Rapla_vallavalitsus, lk 11
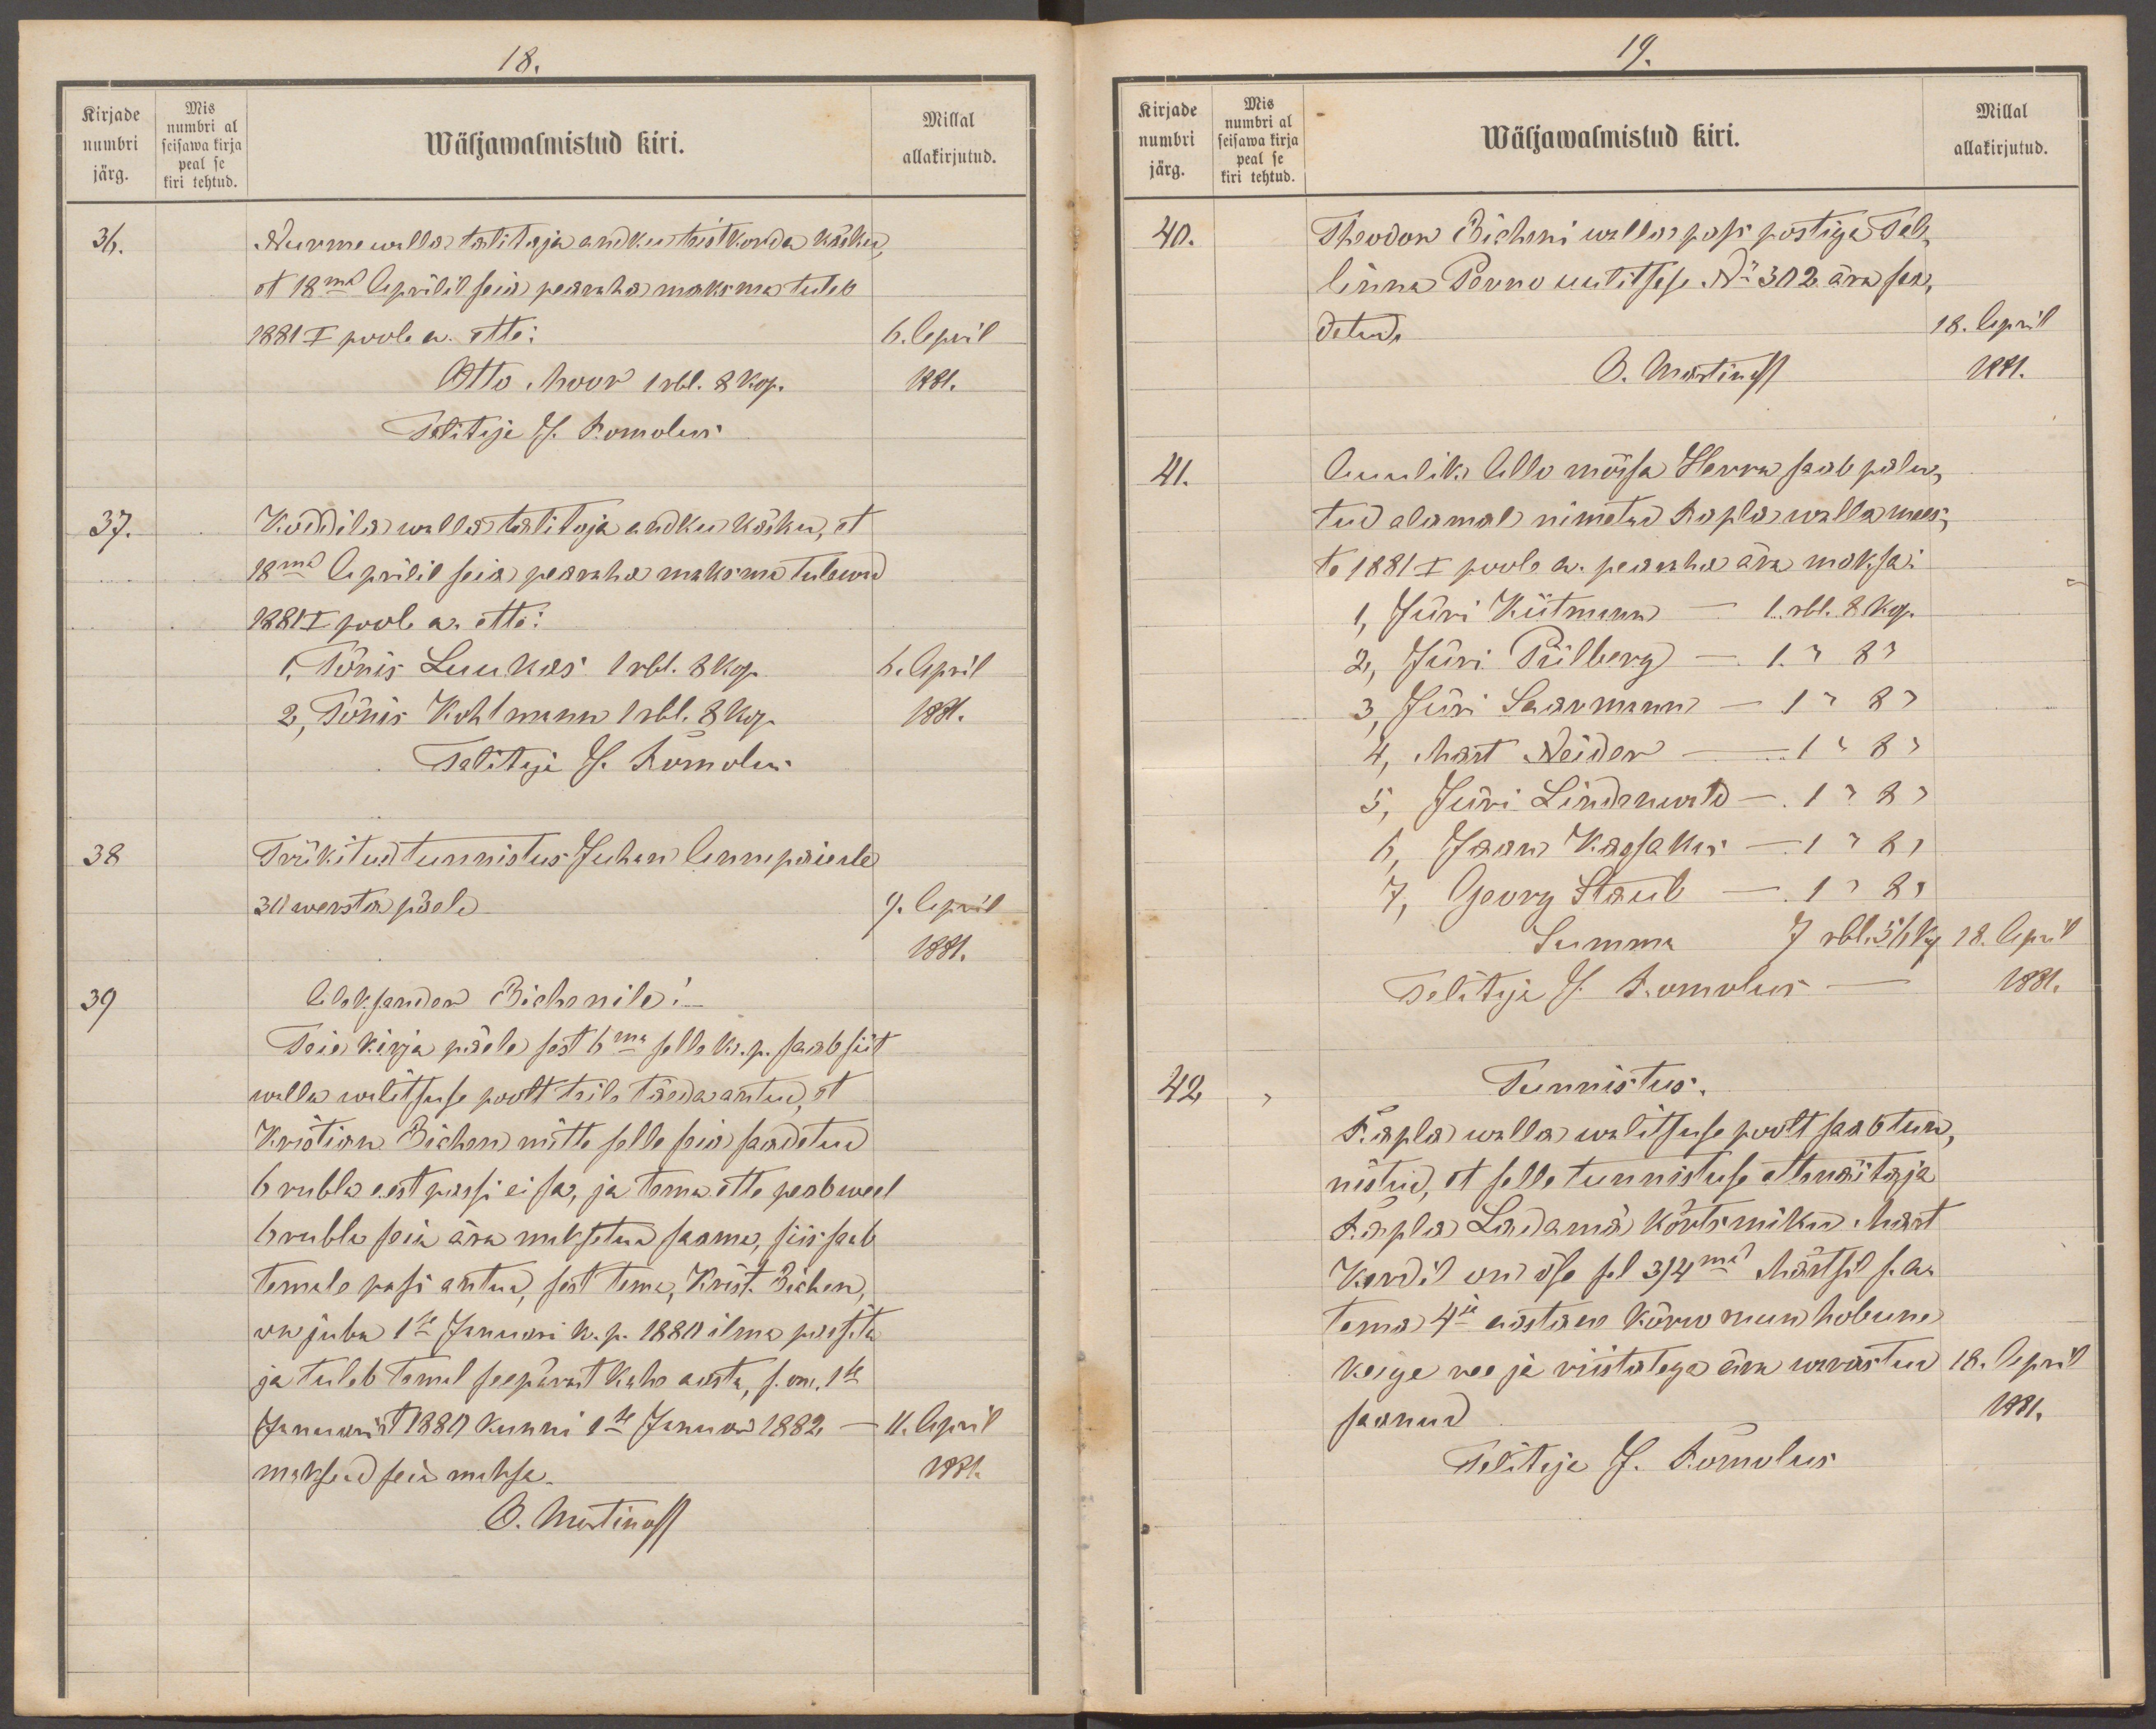
18.
Kirjade
Mis
Millal
numbri al
numbri
Wäljawalmistud kiri.
seisawa kirja
allakirjutud.
peal se
järg.
kiri tehtud
36.
Nurme walla talitaja andku teistkorda käsku,
et 18ma Aprillil seia pearaha maksma tuleb
1881 I poole a. ette:
6. April
Otto Moor 1 rbl. 8 kop.
1881.
Talitaja J. Romolus
37.
Koddila walla talitaja andku käsku, et
18ma Aprilil seia pearaha maksma tulewad.
1881 I poob a. ette:
1, Tõnis Luukas 1 rbl. 8 kop.
6. April
2, Tõnis Kohtmann 1 rbl. 8 kop.
1881.
Talitaja J. Romolus
38
Trükitud tunnistus Juhan Annepaiule
30 wersta päele
9. April
1881.
39
Aleksander Bichenile!
Teie kirja päele sest 6ma selle k. p. saab siit
walla walitsuse poolt teile täeda antud, et
Kristian Bichen mitte selle seia saadetud
6 rubla eest passi ei sa, ja tema ette peab weel
6 rubla seia ära maksetud saama, siis saab
temale pasi antud, sest tema, Krist Bichen,
on juba 1se Januari k. p. 1880 ilma passita
ja tuleb temal seepärast kahe aasta, s. on, 1se
Januarist 1880 kunni 1se Januari 1882.
11. April
maksud seia maksa.
1881
O. Martinoff

19.
Kirjade
Mis
Millal
numbri al
numbri
Wäljawalmistud kiri.
allakirjutud.
seisawa kirja
peal se
järg.
kiri tehtud
40.
Theodor Bicheni walla pass postiga Tal-
linna Perno uulitsase No 302 ära saa,
detud.
18. April
O. Martinoff
1881.
41.
Auulik Allo mõisa Herra saab palu-
tud alamal nimetud Rapla walla mees-
te 1881 a I poole a. pearaha ära maksa:
1, Jüri Kiitmann - 1 rbl. 8 kop.
2, Jüri Piilberg - 1 " 8 "
3, Jüri Saarmann - 1 " 8 "
4, Mart Neider - 1 " 8 "
5, Jüri Lindenwald - 1 " 8 "
6, Jaan Kassakas - 1 " 8 "
7, Georg Staub - 1 " 8 "
Summa 7 rbl. 56 kop.
18. April
Talitaja J. Romolus
1881.
42
Tunnistus.
Rapla walla walitsuse poolt saab tun-
nistud, et selle tunnistuse ettenäitaja
Rapla Ladama kõrtsmiku: Mart
Kerdil on öse sel 3/4mal Märtsil s.a.
tema 4se aastane kõrw ruun hobune
keige ree ja riistadega ära warrastud
18. April
saanud
1881.
Talitaja J. Romolus